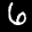
Label: 6